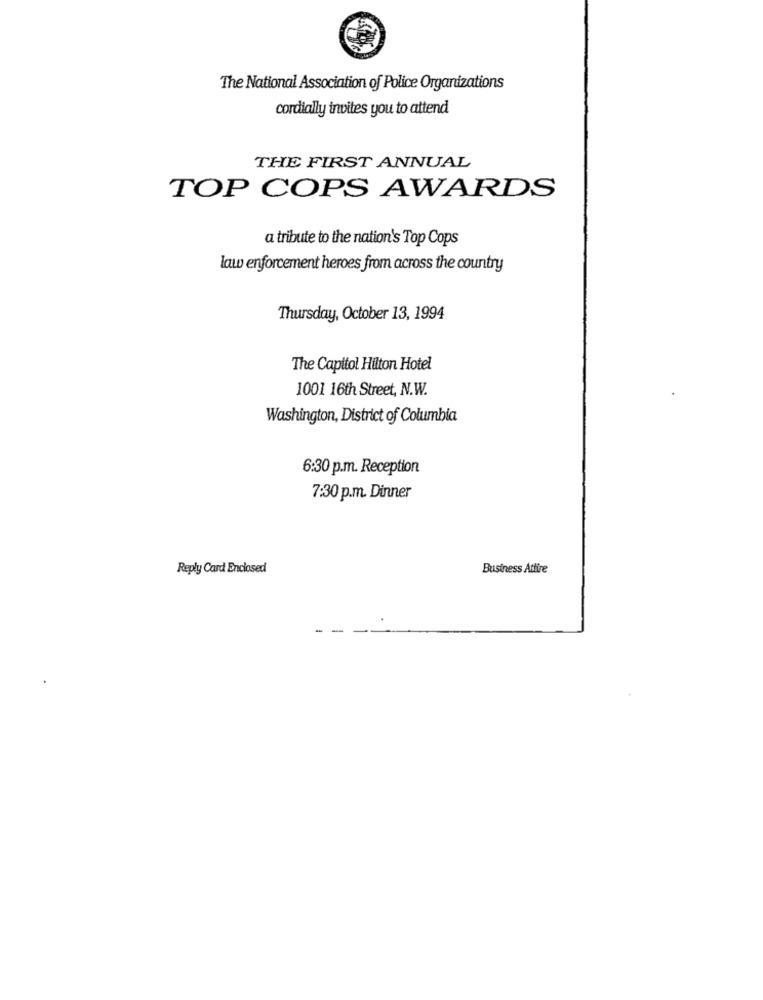
The National Association of Police Organizations
cordially invites you to attend
THE FIRST ANNUAL
TOP COPS AWARDS
a tribute to the nation's Top Cops
law enforcement heroes from across the country
Thursday, October 13, 1994
The Capitol Hilton Hotel
1001 16th Street, N.W.
Washington, District of Columbia
6:30 p.m. Reception
7:30 p.m. Dinner
Reply Card Enclosed
Business Attire